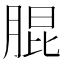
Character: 䐊